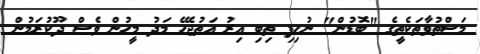
މަސްތުވާތަކެތީގެ "ބޮޑުން" ނުހިފި ތިބި އިރު އަތުޖެހޭ މަދު މީހުން ވެސް ދޫކުރަމުން